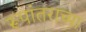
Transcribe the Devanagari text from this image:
रूपांतराच्या